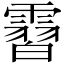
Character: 霫